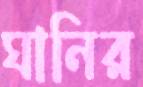
ঘানির